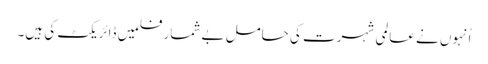
اُنہوں نے عالمی شہرت کی حامل بے شمار فلمیں ڈائریکٹ کی ہیں۔